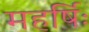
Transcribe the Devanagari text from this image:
महर्षिः